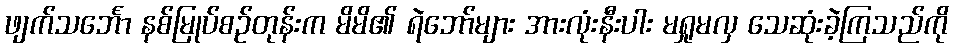
ဖျက်သင်္ဘော နစ်မြုပ်စဉ်တုန်းက မိမိ၏ ရဲဘော်များ အားလုံးနီးပါး မရှုမလှ သေဆုံးခဲ့ကြသည်ကို